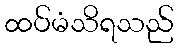
ထပ်မံသိရသည်